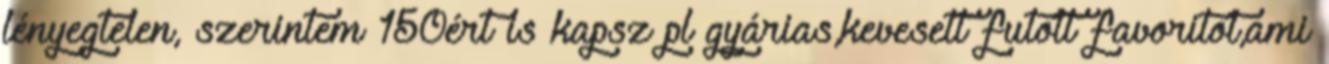
lényegtelen, szerintem 150ért is kapsz pl gyárias,kevesett futott favoritot,ami